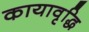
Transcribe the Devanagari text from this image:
कायावृद्धि